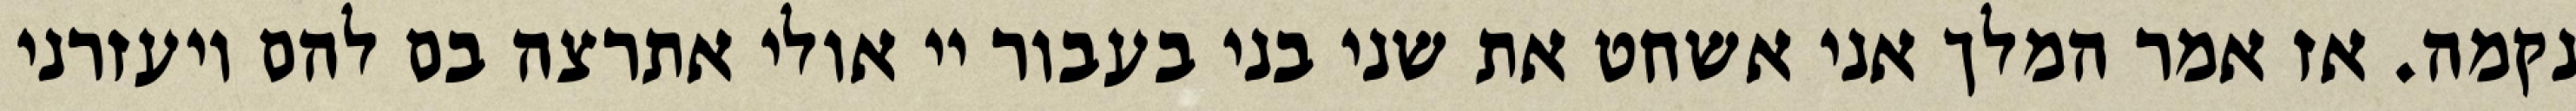
נקמה. אז אמר המלך אני אשחט את שני בני בעבור יי אולי אתרצה בם להם ויעזרני